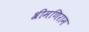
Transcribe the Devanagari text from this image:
श्रीमणिराम